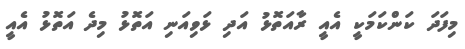
މިފަދަ ކަންކަަމަކީ އެއީ ރާއަތޮޅު އަދި ޅަވިއަނި އަތޮޅު މިދެ އަތޮޅު އެއީ